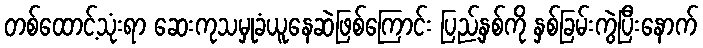
တစ်ထောင့်သုံးရာ ဆေးကုသမှုခံယူနေဆဲဖြစ်ကြောင်း ပြည့်နှစ်ကို နှစ်ခြမ်းကွဲပြီးနောက်